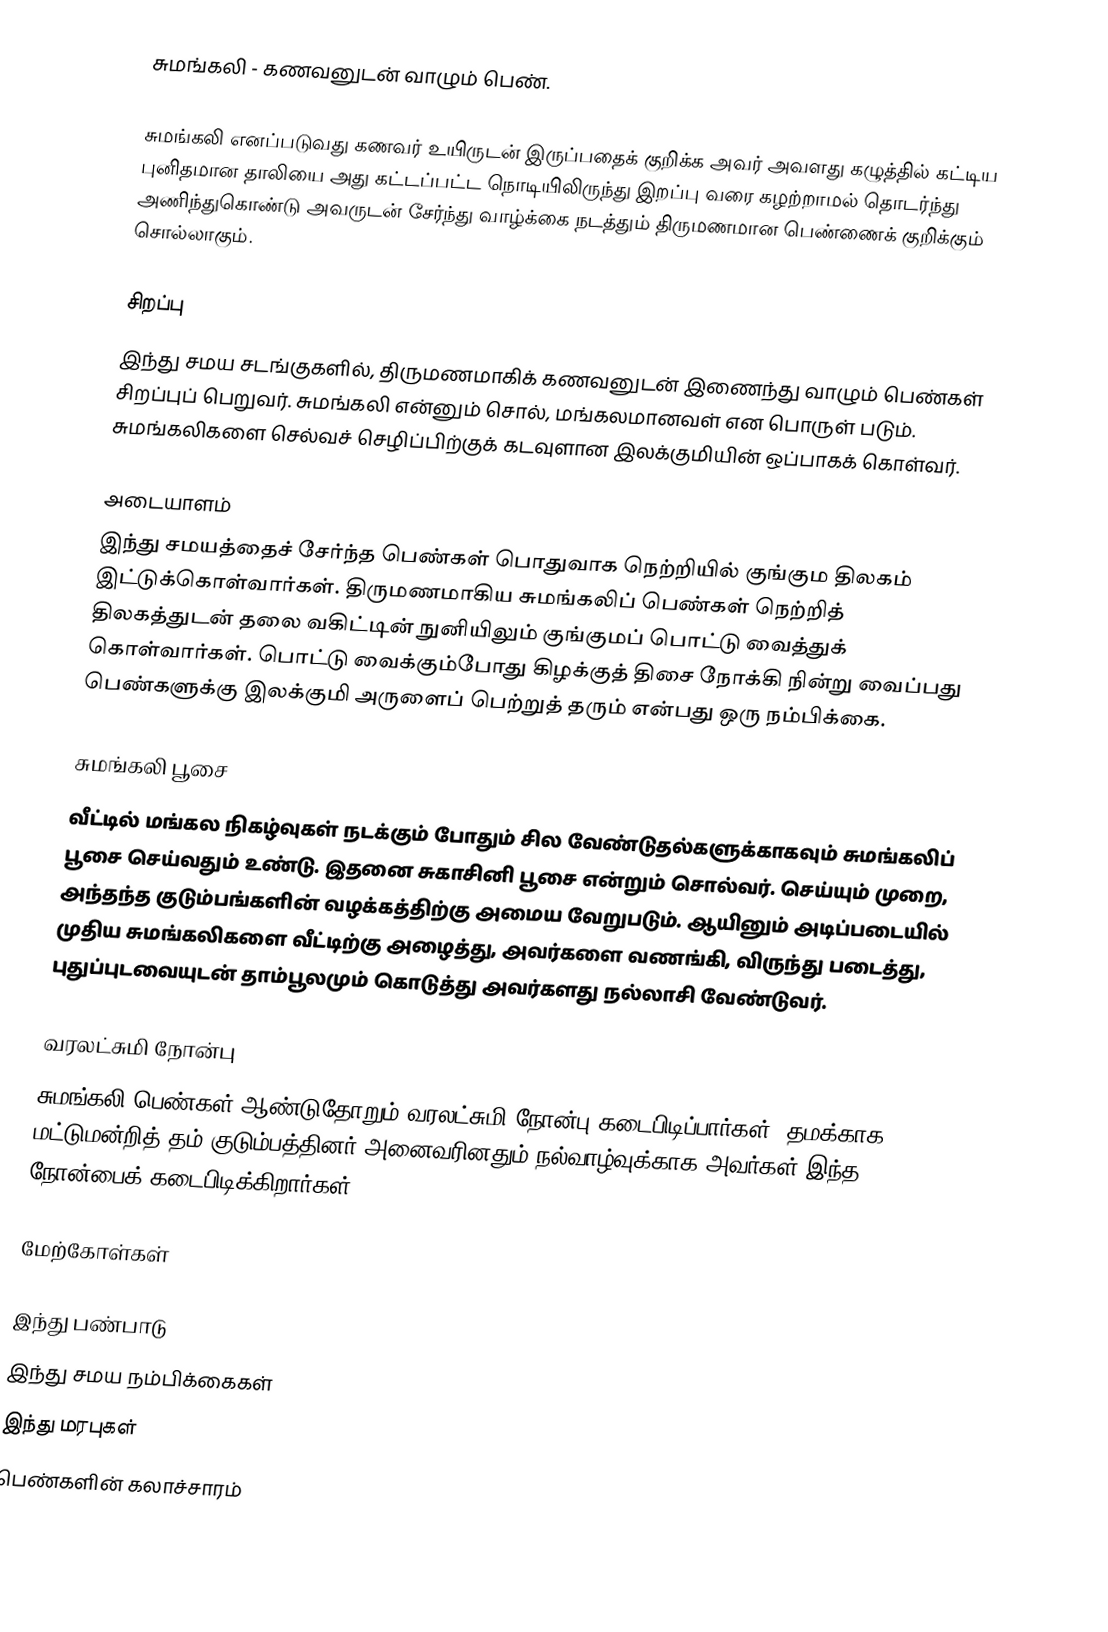
சுமங்கலி - கணவனுடன் வாழும் பெண்.

சுமங்கலி எனப்படுவது கணவர் உயிருடன் இருப்பதைக் குறிக்க அவர் அவளது கழுத்தில் கட்டிய புனிதமான தாலியை அது கட்டப்பட்ட நொடியிலிருந்து இறப்பு வரை கழற்றாமல் தொடர்ந்து அணிந்துகொண்டு அவருடன் சேர்ந்து வாழ்க்கை நடத்தும் திருமணமான பெண்ணைக் குறிக்கும் சொல்லாகும்.

சிறப்பு
இந்து சமய சடங்குகளில், திருமணமாகிக் கணவனுடன் இணைந்து வாழும் பெண்கள் சிறப்புப் பெறுவர். சுமங்கலி என்னும் சொல், மங்கலமானவள் என பொருள் படும். சுமங்கலிகளை செல்வச் செழிப்பிற்குக் கடவுளான இலக்குமியின் ஒப்பாகக் கொள்வர்.

அடையாளம்
இந்து சமயத்தைச் சேர்ந்த பெண்கள் பொதுவாக நெற்றியில் குங்கும திலகம் இட்டுக்கொள்வார்கள். திருமணமாகிய சுமங்கலிப் பெண்கள் நெற்றித் திலகத்துடன் தலை வகிட்டின் நுனியிலும் குங்குமப் பொட்டு வைத்துக் கொள்வார்கள். பொட்டு வைக்கும்போது கிழக்குத் திசை நோக்கி நின்று வைப்பது பெண்களுக்கு இலக்குமி அருளைப் பெற்றுத் தரும் என்பது ஒரு நம்பிக்கை.

சுமங்கலி பூசை
வீட்டில் மங்கல நிகழ்வுகள் நடக்கும் போதும் சில வேண்டுதல்களுக்காகவும் சுமங்கலிப் பூசை செய்வதும் உண்டு. இதனை சுகாசினி பூசை என்றும் சொல்வர். செய்யும் முறை, அந்தந்த குடும்பங்களின் வழக்கத்திற்கு அமைய வேறுபடும். ஆயினும் அடிப்படையில்  முதிய சுமங்கலிகளை வீட்டிற்கு அழைத்து, அவர்களை வணங்கி, விருந்து படைத்து,  புதுப்புடவையுடன் தாம்பூலமும் கொடுத்து அவர்களது நல்லாசி வேண்டுவர்.

வரலட்சுமி நோன்பு
சுமங்கலி பெண்கள் ஆண்டுதோறும் வரலட்சுமி நோன்பு கடைபிடிப்பார்கள். தமக்காக மட்டுமன்றித் தம் குடும்பத்தினர் அனைவரினதும் நல்வாழ்வுக்காக அவர்கள் இந்த நோன்பைக் கடைபிடிக்கிறார்கள்.

மேற்கோள்கள்

இந்து பண்பாடு
இந்து சமய நம்பிக்கைகள்
இந்து மரபுகள்
பெண்களின் கலாச்சாரம்